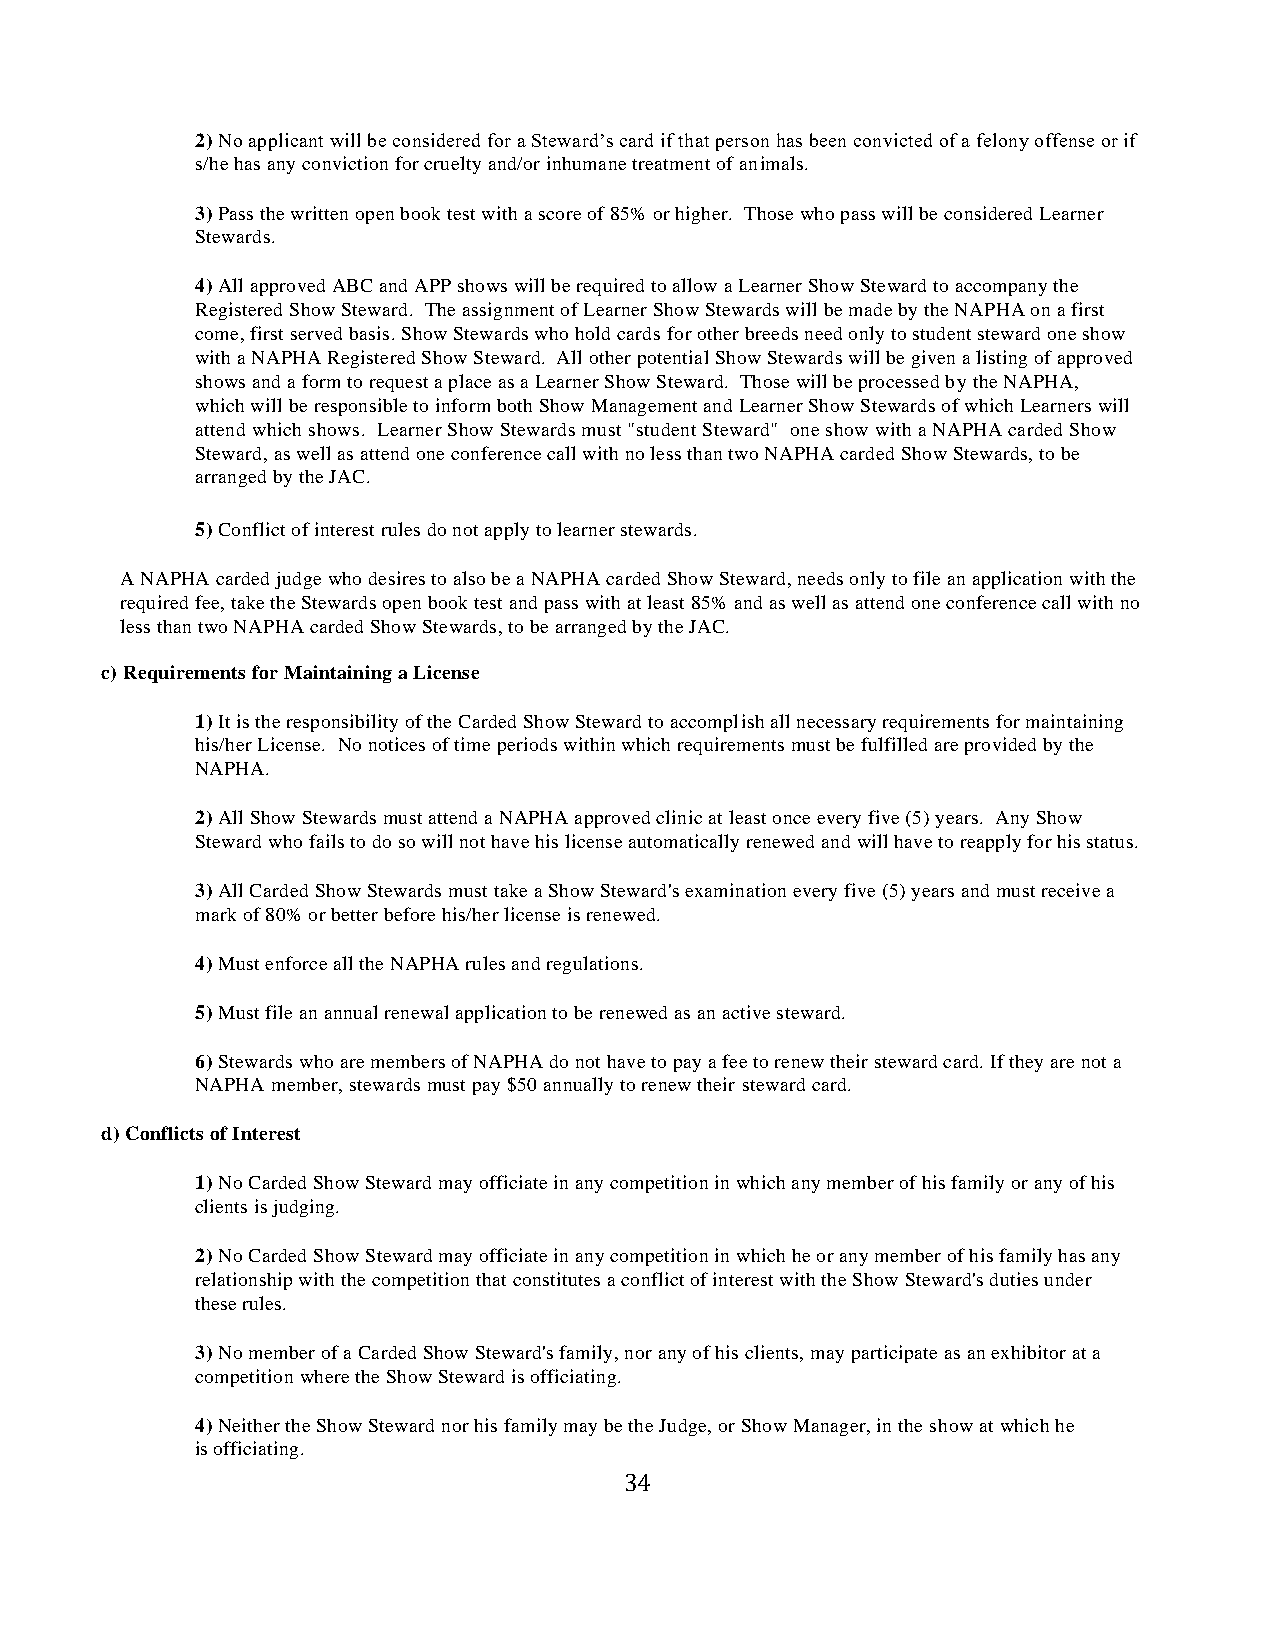
2) No applicant will be considered for a Steward’s card if that person has been convicted of a felony offense or if
 s/he has any conviction for cruelty and/or inhumane treatment of animals.
 3) Pass the written open book test with a score of 85% or higher. Those who pass will be considered Learner
 Stewards.
 4) All approved ABC and APP shows will be required to allow a Learner Show Steward to accompany the
 Registered Show Steward. The assignment of Learner Show Stewards will be made by the NAPHA on a first
 come, first served basis. Show Stewards who hold cards for other breeds need only to student steward one show
 with a NAPHA Registered Show Steward. All other potential Show Stewards will be given a listing of approved
 shows and a form to request a place as a Learner Show Steward. Those will be processed by the NAPHA,
 which will be responsible to inform both Show Management and Learner Show Stewards of which Learners will
 attend which shows. Learner Show Stewards must "student Steward" one show with a NAPHA carded Show
 Steward, as well as attend one conference call with no less than two NAPHA carded Show Stewards, to be
 arranged by the JAC.
 5) Conflict of interest rules do not apply to learner stewards.
 A NAPHA carded judge who desires to also be a NAPHA carded Show Steward, needs only to file an application with the
 required fee, take the Stewards open book test and pass with at least 85% and as well as attend one conference call with no
 less than two NAPHA carded Show Stewards, to be arranged by the JAC.
 c) Requirements for Maintaining a License
 1) It is the responsibility of the Carded Show Steward to accomplish all necessary requirements for maintaining
 his/her License. No notices of time periods within which requirements must be fulfilled are provided by the
 NAPHA.
 2) All Show Stewards must attend a NAPHA approved clinic at least once every five (5) years. Any Show
 Steward who fails to do so will not have his license automatically renewed and will have to reapply for his status.
 3) All Carded Show Stewards must take a Show Steward's examination every five (5) years and must receive a
 mark of 80% or better before his/her license is renewed.
 4) Must enforce all the NAPHA rules and regulations.
 5) Must file an annual renewal application to be renewed as an active steward.
 6) Stewards who are members of NAPHA do not have to pay a fee to renew their steward card. If they are not a
 NAPHA member, stewards must pay $50 annually to renew their steward card.
 d) Conflicts of Interest
 1) No Carded Show Steward may officiate in any competition in which any member of his family or any of his
 clients is judging.
 2) No Carded Show Steward may officiate in any competition in which he or any member of his family has any
 relationship with the competition that constitutes a conflict of interest with the Show Steward's duties under
 these rules.
 3) No member of a Carded Show Steward's family, nor any of his clients, may participate as an exhibitor at a
 competition where the Show Steward is officiating.
 4) Neither the Show Steward nor his family may be the Judge, or Show Manager, in the show at which he
 is officiating.
 34